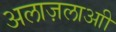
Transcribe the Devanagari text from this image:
अलाज़लाआी